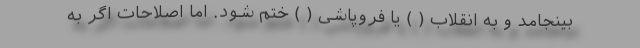
بینجامد و به انقلاب ( ) یا فروپاشی ( ) ختم شود. اما اصلاحات اگر به